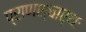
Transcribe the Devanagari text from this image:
प्राणश्चार्थः